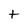
Character: t